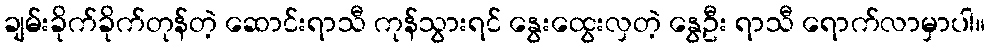
ချမ်းခိုက်ခိုက်တုန်တဲ့ ဆောင်းရာသီ ကုန်သွားရင် နွေးထွေးလှတဲ့ နွေဦး ရာသီ ရောက်လာမှာပါ။